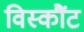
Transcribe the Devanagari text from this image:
विस्कौंट